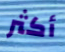
أكثر